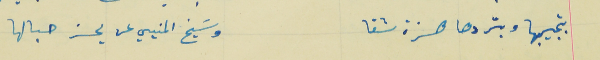
بتجيبها وبتردها هزة شقا                                           وسَيخ المنيي عن يحز حبالها